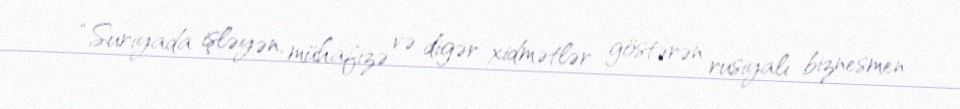
“Suriyada işləyən, mühafizə və digər xidmətlər göstərən rusiyalı biznesmen